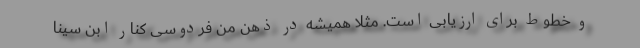
و خطوط برای ارزیابی است. مثلاً همیشه در ذهن من فردوسی کنار ابن سینا